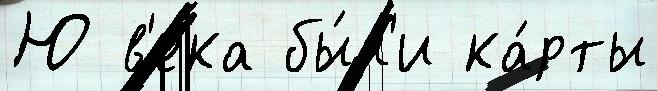
Ю в'е́ка бы́л'и ка́рты